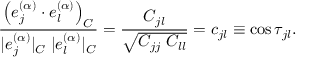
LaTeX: \frac { \left( e _ { j } ^ { ( \alpha ) } \cdot e _ { l } ^ { ( \alpha ) } \right) _ { C } } { | e _ { j } ^ { ( \alpha ) } | _ { C } \; | e _ { l } ^ { ( \alpha ) } | _ { C } } = \frac { C _ { j l } } { \sqrt { C _ { j j } \; C _ { l l } } } = c _ { j l } \equiv \cos \tau _ { j l } .